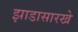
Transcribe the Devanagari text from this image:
झाडासारखे